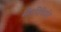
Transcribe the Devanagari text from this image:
मैगनिफिसेंट